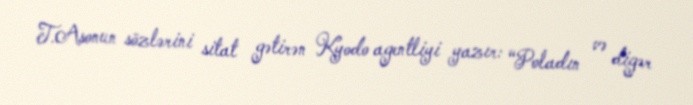
T.Asonun sözlərini sitat gətirən Kyodo agentliyi yazır: “Poladın və digər